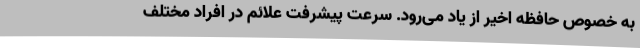
به خصوص حافظه اخیر از یاد می‌رود. سرعت پیشرفت علائم در افراد مختلف